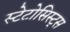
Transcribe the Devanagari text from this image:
स्टेटोसिस्ट्स